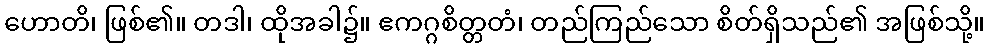
ဟောတိ၊ ဖြစ်၏။ တဒါ၊ ထိုအခါ၌။ ဧကဂ္ဂစိတ္တတံ၊ တည်ကြည်သော စိတ်ရှိသည်၏ အဖြစ်သို့။